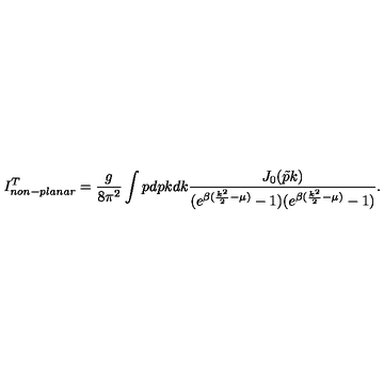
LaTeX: I _ { n o n - p l a n a r } ^ { T } = \frac { g } { 8 \pi ^ { 2 } } \int p d p k d k \frac { J _ { 0 } ( \tilde { p } k ) } { ( e ^ { \beta ( \frac { k ^ { 2 } } { 2 } - \mu ) } - 1 ) ( e ^ { \beta ( \frac { k ^ { 2 } } { 2 } - \mu ) } - 1 ) } .